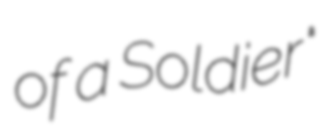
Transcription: of a Soldier"